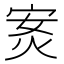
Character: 𭴣